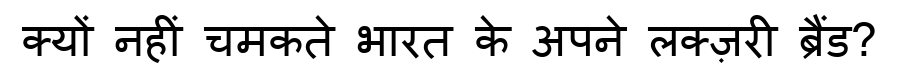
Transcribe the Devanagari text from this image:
क्यों नहीं चमकते भारत के अपने लक्ज़री ब्रैंड?